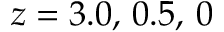
z = 3 . 0 , \, 0 . 5 , \, 0